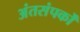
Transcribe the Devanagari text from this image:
अंतसंपर्कों